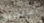
أستطيع